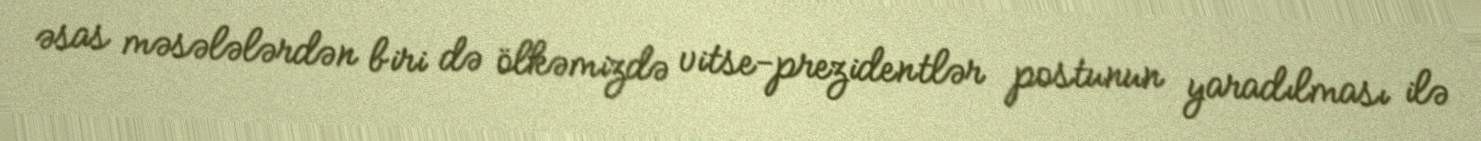
əsas məsələlərdən biri də ölkəmizdə vitse-prezidentlər postunun yaradılması ilə